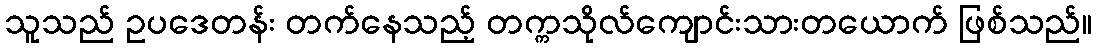
သူသည် ဥပဒေတန်း တက်နေသည့် တက္ကသိုလ်ကျောင်းသားတယောက် ဖြစ်သည်။